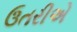
ઉતરીએ